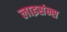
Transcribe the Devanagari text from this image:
लाइसंन्स